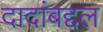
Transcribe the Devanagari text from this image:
दादांबद्दल